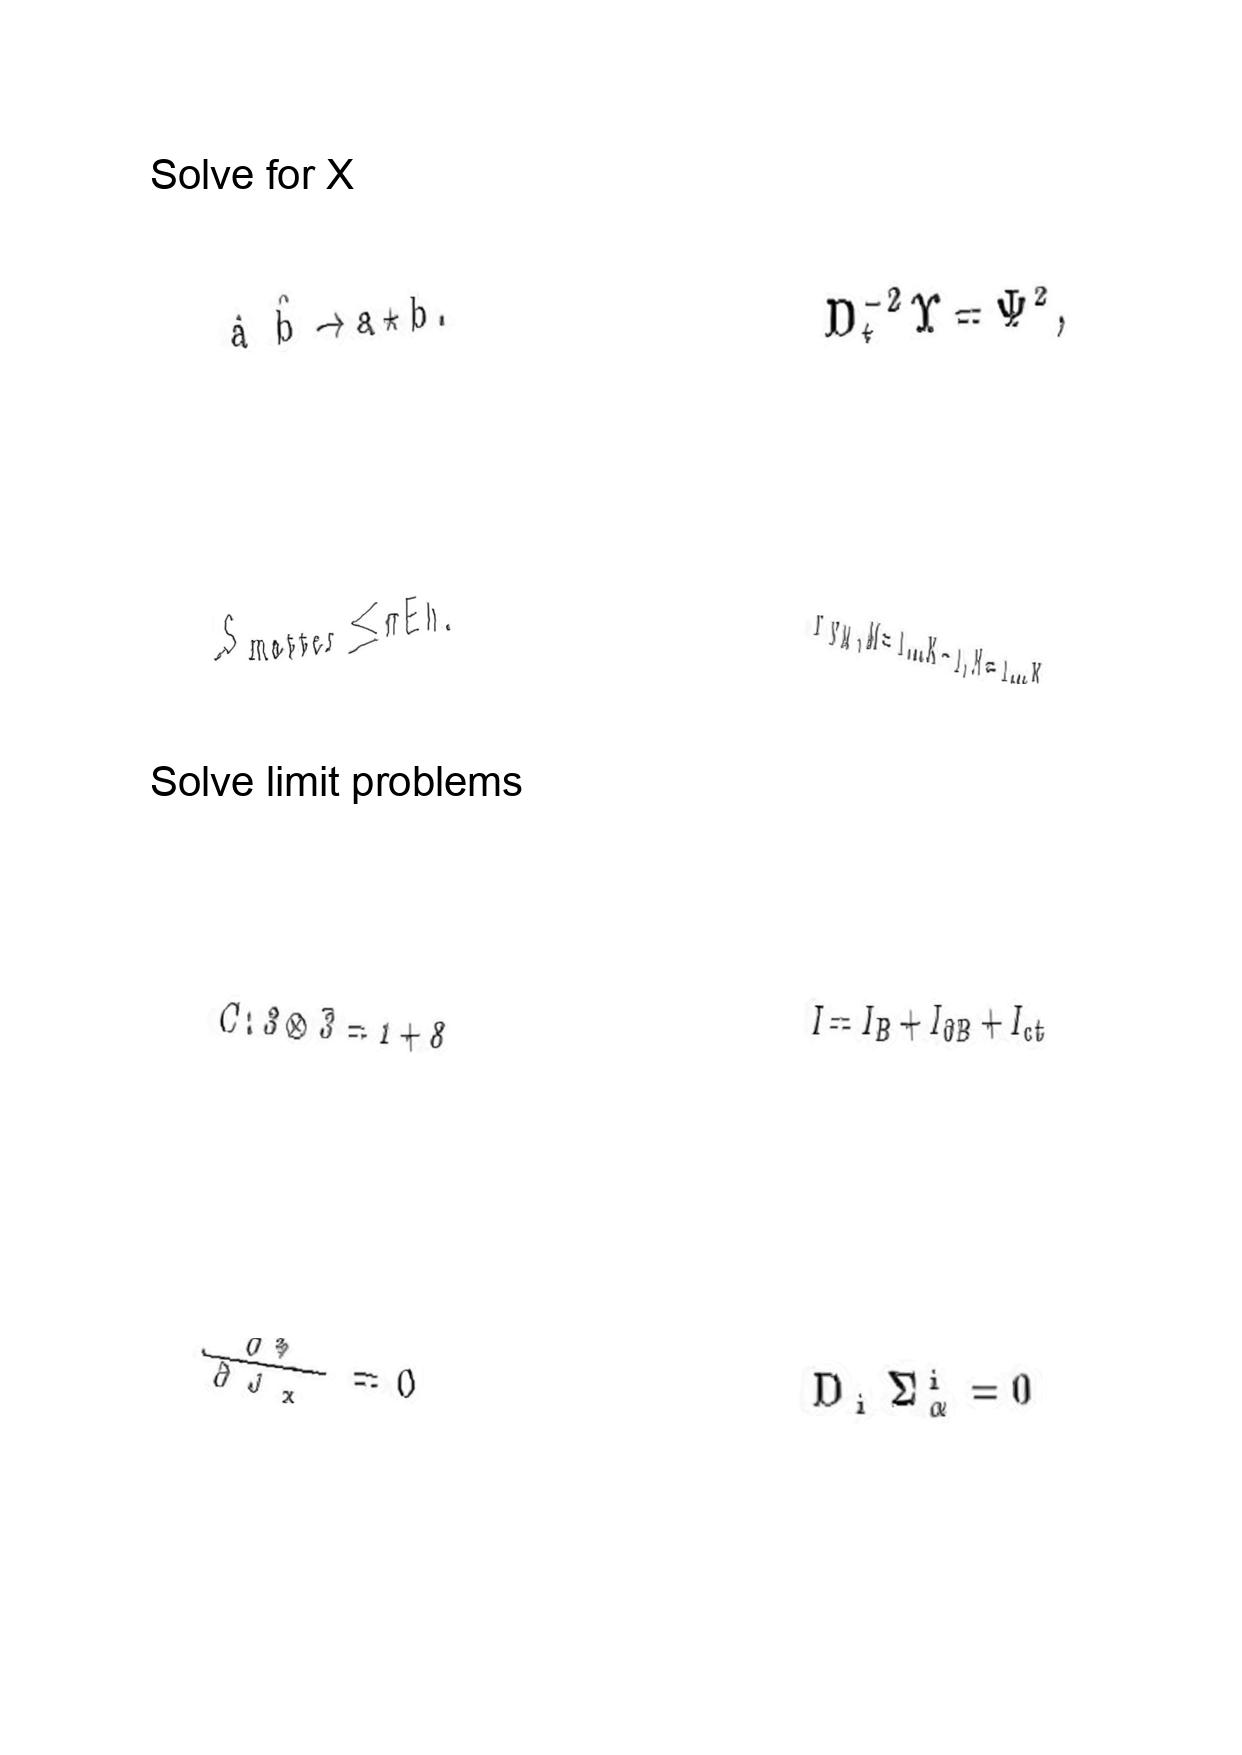
LaTeX transcription:
\hat { a } \hat { b } \rightarrow a \star b .
S _ { \mathrm { m a t t e r } } \leq \pi E h .
C : 3 \otimes \bar { 3 } = 1 + 8
\frac { \partial \Phi } { \partial J _ { x } } = 0
D _ { t } ^ { - 2 } \Upsilon = \Psi ^ { 2 } ,
Y _ { N M } , M = 1 \ldots K - 1 , N = 1 \ldots K
I = I _ { B } + I _ { \partial B } + I _ { c t }
D _ { i } \Sigma _ { \alpha } ^ { i } = 0